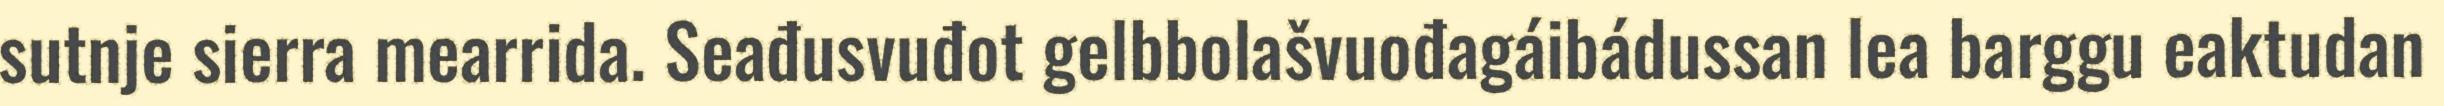
sutnje sierra mearrida. Seađusvuđot gelbbolašvuođagáibádussan lea barggu eaktudan